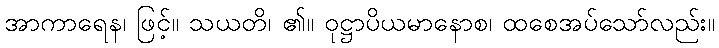
အာကာရေန၊ ဖြင့်။ သယတိ၊ ၏။ ဝုဋ္ဌာပိယမာနောစ၊ ထစေအပ်သော်လည်း။